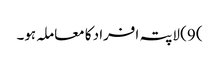
) 9) لاپتہ افراد کا معاملہ ہو۔